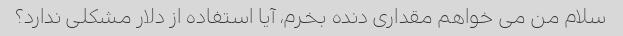
سلام من می خواهم مقداری دنده بخرم، آیا استفاده از دلار مشکلی ندارد؟